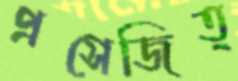
প্রসেজিত্